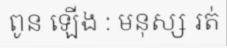
ពូន ឡើង : មនុស្ស រត់